Report on sanitation, dispensaries, and jails in Rajputana for 1916, and on vaccination for the year 1916-1917 - 1916-1917
Year: 1916
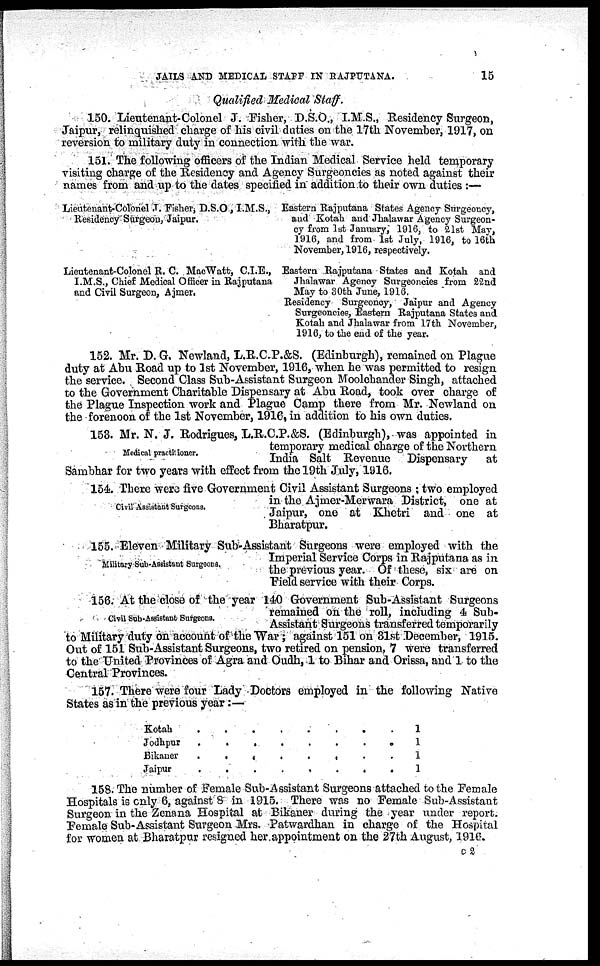
JAILS AND MEDICAL STAFF IN RAJPUTANA.
15
Qualified Medical Staff.
150. Lientenant-Colonel J. Fisher, D.S.O., I.M.S., Residency Surgeon,
Jaipur, relinquished charge of his civil duties on the 17th November, 1917, on
reversion to military duty in connection with the war.
151. The following officers of the Indian Medical Service held temporary
visiting charge of the Residency and Agency Surgeoncies as noted against their
names from and up to the dates specified in addition to their own duties :—
Lieutenant-Colonel J. Fisher, D.S.O., I.M.S.,
Residency Surgeon, Jaipur.
Eastern Rajputana States Agency Surgeoncy,
and Kotah and Jhalawar Agency Surgeon-
cy from 1st January, 1916, to 21st May,
1916, and from 1st July, 1916, to 16th
November, 1916, respectively.
Lieutenant-Colonel R. C. MacWatt, C.I.E.,
I.M.S., Chief Medical Officer in Rajputana
and Civil Surgeon, Ajmer.
Eastern Rajputana States and Kotah and
Jhalawar Agency Surgeoncies from 22nd
May to 30th June, 1916.
Residency Surgeoncy, Jaipur and Agency
Surgeoncies, Eastern Rajputana States and
Kotah and Jhalawar from 17th November,
1916, to the end of the year.
152. Mr. D. G. Newland, L.R.C.P.&S. (Edinburgh), remained on Plague
duty at Abu Road up to 1st November, 1916, when he was permitted to resign
the service. Second Class Sub-Assistant Surgeon Moolchander Singh, attached
to the Government Charitable Dispensary at Abu Road, took over charge of
the Plague Inspection work and Plague Camp there from Mr. Newland on
the forenoon of the 1st November, 1916, in addition to his own duties.
Medical practitioner.
153. Mr. N. J. Rodrigues, L.R.C.P.&S. (Edinburgh), was appointed in
temporary medical charge of the Northern
India Salt Revenue Dispensary
at
Sambhar for two years with effect from the 19th July, 1916.
Civil-Assistant Surgeons.
154. There were five Government Civil Assistant Surgeons ; two employed
in the Ajmer-Merwara District, one at
Bharatpur.
Military Sub-Assistant Surgeons.
155.-Eleven-Military Sub-Assistant Surgeons were employed with the
Imperial Service Corps in Rajputana as in
the previous year. Of these, six are on
Field service with their Corps.
Civil Sub-Assistant Surgeons.
156. At the close of the year 140 Government Sub-Assistant Surgeons
remained on the roll, including 4 Sub-
Assistant Surgeons transferred temporarily
to Military duty on account of the War; against 151 on 31st December, 1915.
Out of 151 Sub-Assistant Surgeons, two retired on pension, 7 were transferred
to the United Provinces of Agra and Oudh, 1 to Bihar and Orissa, and 1 to the
Central Provinces.
157. There were four Lady Doctors employed in the following Native
States as in the previous year:—
Kotah . .
.
.
.
.
.
.
Jodhpur . . . . . . . .
Bikaner
.
.
.
.
.
.
.
.
Jaipur . . . . . . . .
1
1
1
1
158. The number of Female Sub-Assistant Surgeons attached to the Female
Hospitals is only 6, against 8 in 1915. There was no Female Sub-Assistant
Surgeon in the Zenana Hospital at Bikaner during the year under report.
Female Sub-Assistant Surgeon Mrs. Patwardhan in charge of the Hospital
for women at Bharatpur resigned her appointment on the 27th August, 1916.
C 2